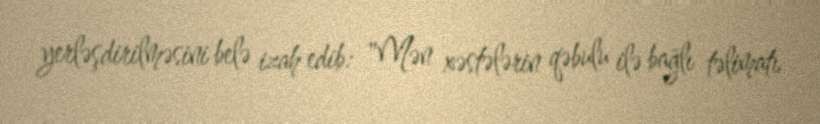
yerləşdirilməsini belə izah edib: "Mən xəstələrin qəbulu ilə bağlı təlimatı